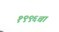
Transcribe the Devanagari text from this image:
१९९६चा